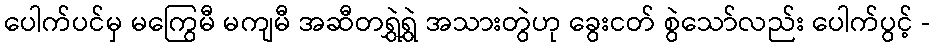
ပေါက်ပင်မှ မကြွေမီ မကျမီ အဆီတရွှဲရွှဲ အသားတွဲဟု ခွေးငတ် စွဲသော်လည်း ပေါက်ပွင့် -